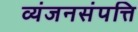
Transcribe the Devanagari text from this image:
व्यंजनसंपत्ति